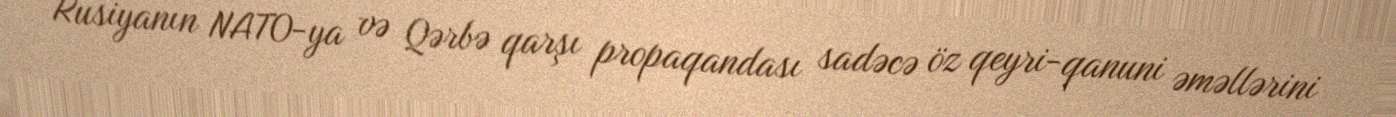
Rusiyanın NATO-ya və Qərbə qarşı propaqandası sadəcə öz qeyri-qanuni əməllərini